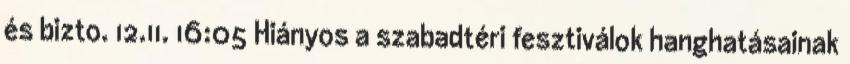
és bizto. 12.11. 16:05 Hiányos a szabadtéri fesztiválok hanghatásainak